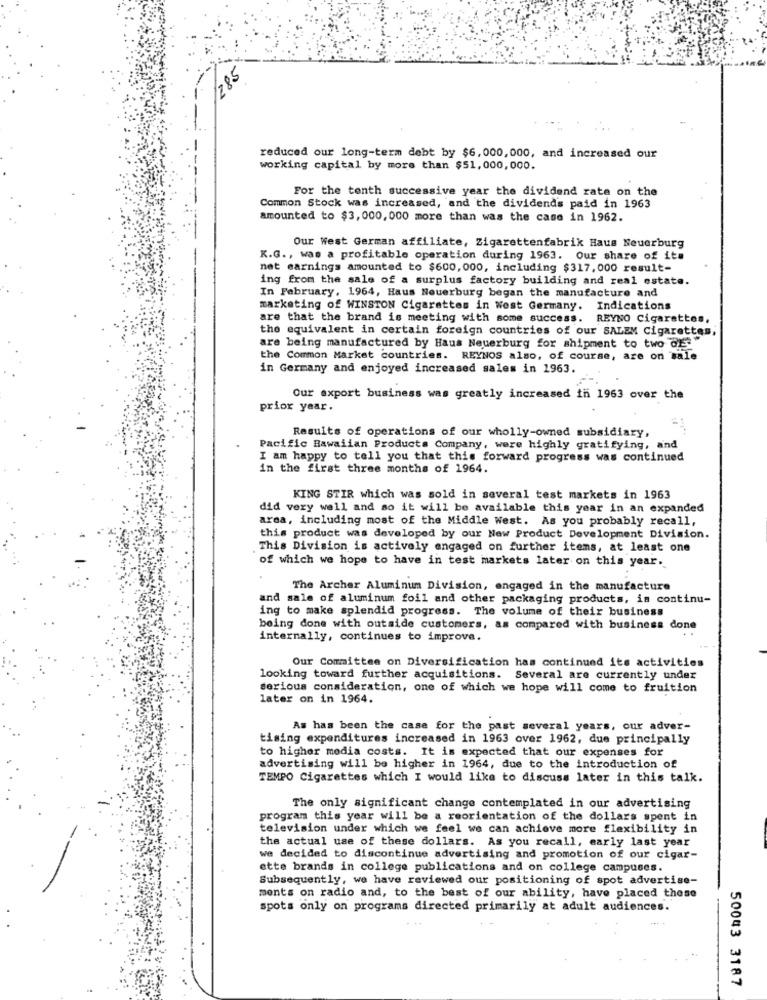
1285
-
reduced our long-term debt by $6,000, 000, and increased our
working capital by more than $51,000,000.
For the tenth successive year the dividend rata on the
Common Stock was increased, and the dividends paid in 1963
amounted to $3, 000, 000 more than was the case in 1962.
Our West German affiliate, Zigarettenfabrik Haus Neuerburg
K.G ., was a profitable operation during 1963. Our share of its
net earnings amounted to $600, 000, including $317, 000 result-
ing from the sale of a surplus factory building and real estate.
In February, 1964, Haus Neuerburg began the manufacture and
marketing of WINSTON Cigarettes in West Germany. Indications
are that the brand is meeting with some success. REYNO Cigarettes,
the equivalent in certain foreign countries of our SALEM Cigarettes,
are being manufactured by Haus Neuerburg for shipment to two GE
the Common Market countries. REYNOS also, of course, are on sale
in Germany and enjoyed increased sales in 1963.
Our export business was greatly increased in 1963 over the
prior year.
Results of operations of our wholly-owned subsidiary,
Pacific Hawaiian Products Company, were highly gratifying, and
I am happy to tell you that this forward progress was continued
in the first three months of 1964.
KING STIR which was sold in several test markets in 1963
did very well and so it will be available this year in an expanded
area, including most of the Middle West. As you probably recall,
this product was developed by our New Product Development Division.
This Division is actively engaged on further items, at least one
of which we hope to have in test markets later on this year.
The Archer Aluminum Division, engaged in the manufacture
and sale of aluminum foil and other packaging products, is continu-
ing to make splendid progress. The volume of their business
being done with outside customers, as compared with business done
internally, continues to improve.
Our Committee on Diversification has continued its activities
looking toward further acquisitions. Several are currently under
serious consideration, one of which we hope will come to fruition
later on in 1964.
As has been the case for the past several years, our adver-
tising expenditures increased in 1963 over 1962, due principally
to higher media costs. It is expected that our expenses for
advertising will be higher in 1964, due to the introduction of
TEMPO Cigarettes which I would like to discuss later in this talk.
The only significant change contemplated in our advertising
program this year will be a reorientation of the dollars spent in
television under which we feel we can achieve more flexibility in
the actual use of these dollars. As you recall, early last year
we decided to discontinue advertising and promotion of our cigar-
ette brands in college publications and on college campuses.
Subsequently, we have reviewed our positioning of spot advertise-
ments on radio and, to the best of our ability, have placed these
spots only on programs directed primarily at adult audiences.
50043 3187